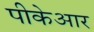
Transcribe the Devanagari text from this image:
पीकेआर